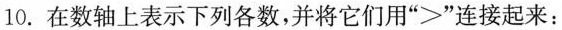
10. 在数轴上表示下列各数，并将它们用“>”连接起来：